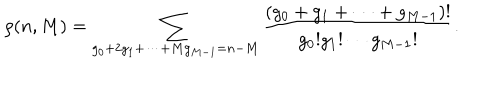
\rho ( n , M ) = \sum _ { g _ { 0 } + 2 g _ { 1 } + \cdots + M g _ { M - 1 } = n - M } \frac { ( g _ { 0 } + g _ { 1 } + \cdots + g _ { M - 1 } ) ! } { g _ { 0 } ! g _ { 1 } ! \cdots g _ { M - 1 } ! } .